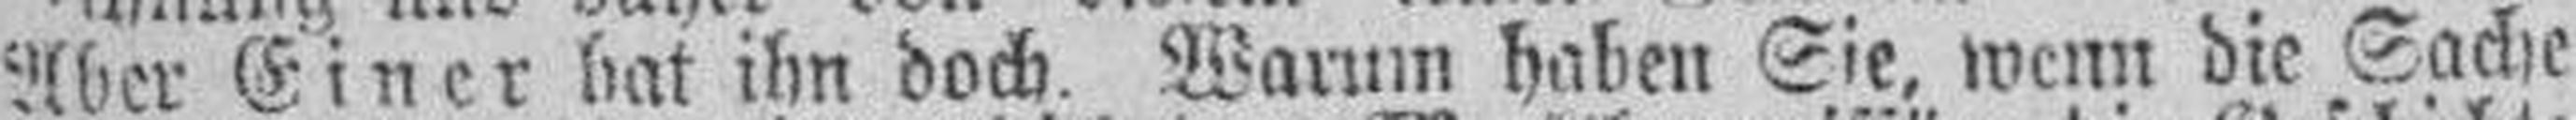
Aber Einer hat ihn doch. Warum haben Sie, wenn die Sache